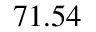
7 1 . 5 4